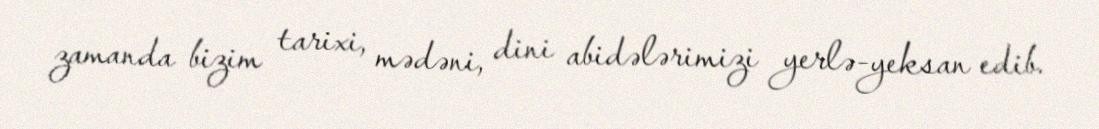
zamanda bizim tarixi, mədəni, dini abidələrimizi yerlə-yeksan edib.